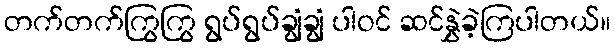
တက်တက်ကြွကြွ ရွပ်ရွပ်ချွံချွံ ပါဝင် ဆင်နွှဲခဲ့ကြပါတယ်။